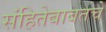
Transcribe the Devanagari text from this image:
संहितेबाबतचे